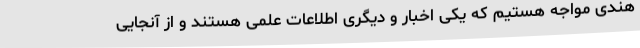
هندی مواجه هستیم که یکی اخبار و دیگری اطلاعات علمی هستند و از آنجایی